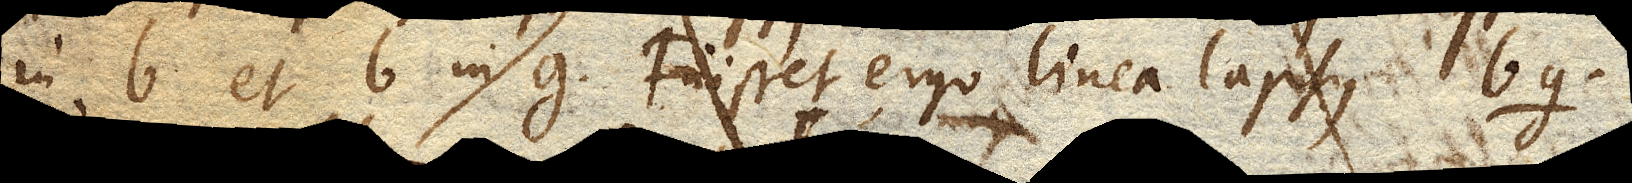
in b et b in g. Fuisset ergo linea lapsus bg